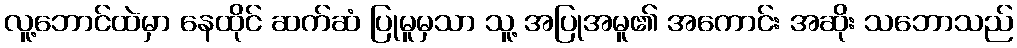
လူ့ဘောင်ထဲမှာ နေထိုင် ဆက်ဆံ ပြုမူမှသာ သူ့ အပြုအမူ၏ အကောင်း အဆိုး သဘောသည်